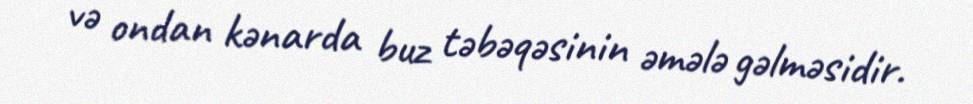
və ondan kənarda buz təbəqəsinin əmələ gəlməsidir.